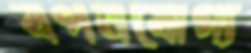
বপনযোগ্য